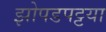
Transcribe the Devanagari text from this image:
झोपडपट्टया